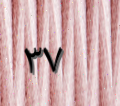
٣٧